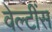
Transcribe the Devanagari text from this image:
वेल्टींस